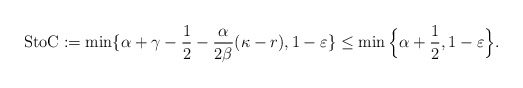
\begin{align*} \textup{StoC} := \min\{\alpha+\gamma-\frac{1}{2}-\frac{\alpha}{2\beta} (\kappa- r), 1-\varepsilon\}\leq \min\Big\{ \alpha + \frac{1}{2}, 1 - \varepsilon \Big\}.\end{align*}